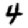
Digit: 4